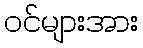
ဝင်များအား